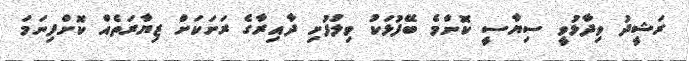
ރަޝީދު ވިދާޅުވީ ސިޔާސީ ކޮންމެ ބޭފުޅަކު ވިލުފުށި ދާއިރާގެ ރަށަކަށް ޒިޔާރަތެއް ކޮށްފިނަމަ